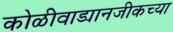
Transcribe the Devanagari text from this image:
कोळीवाड्यानजीकच्या